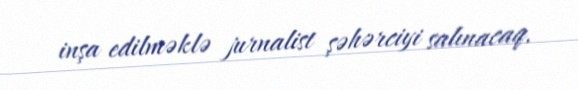
inşa edilməklə jurnalist şəhərciyi salınacaq.